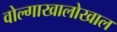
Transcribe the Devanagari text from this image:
वोल्गाखालोखाल